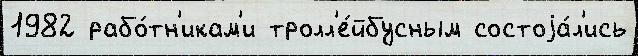
1982 рабо́тн'икам'и тролл'е́йбусным состоjа́л'ись